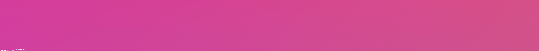
محلات بيع الساعات الراقية